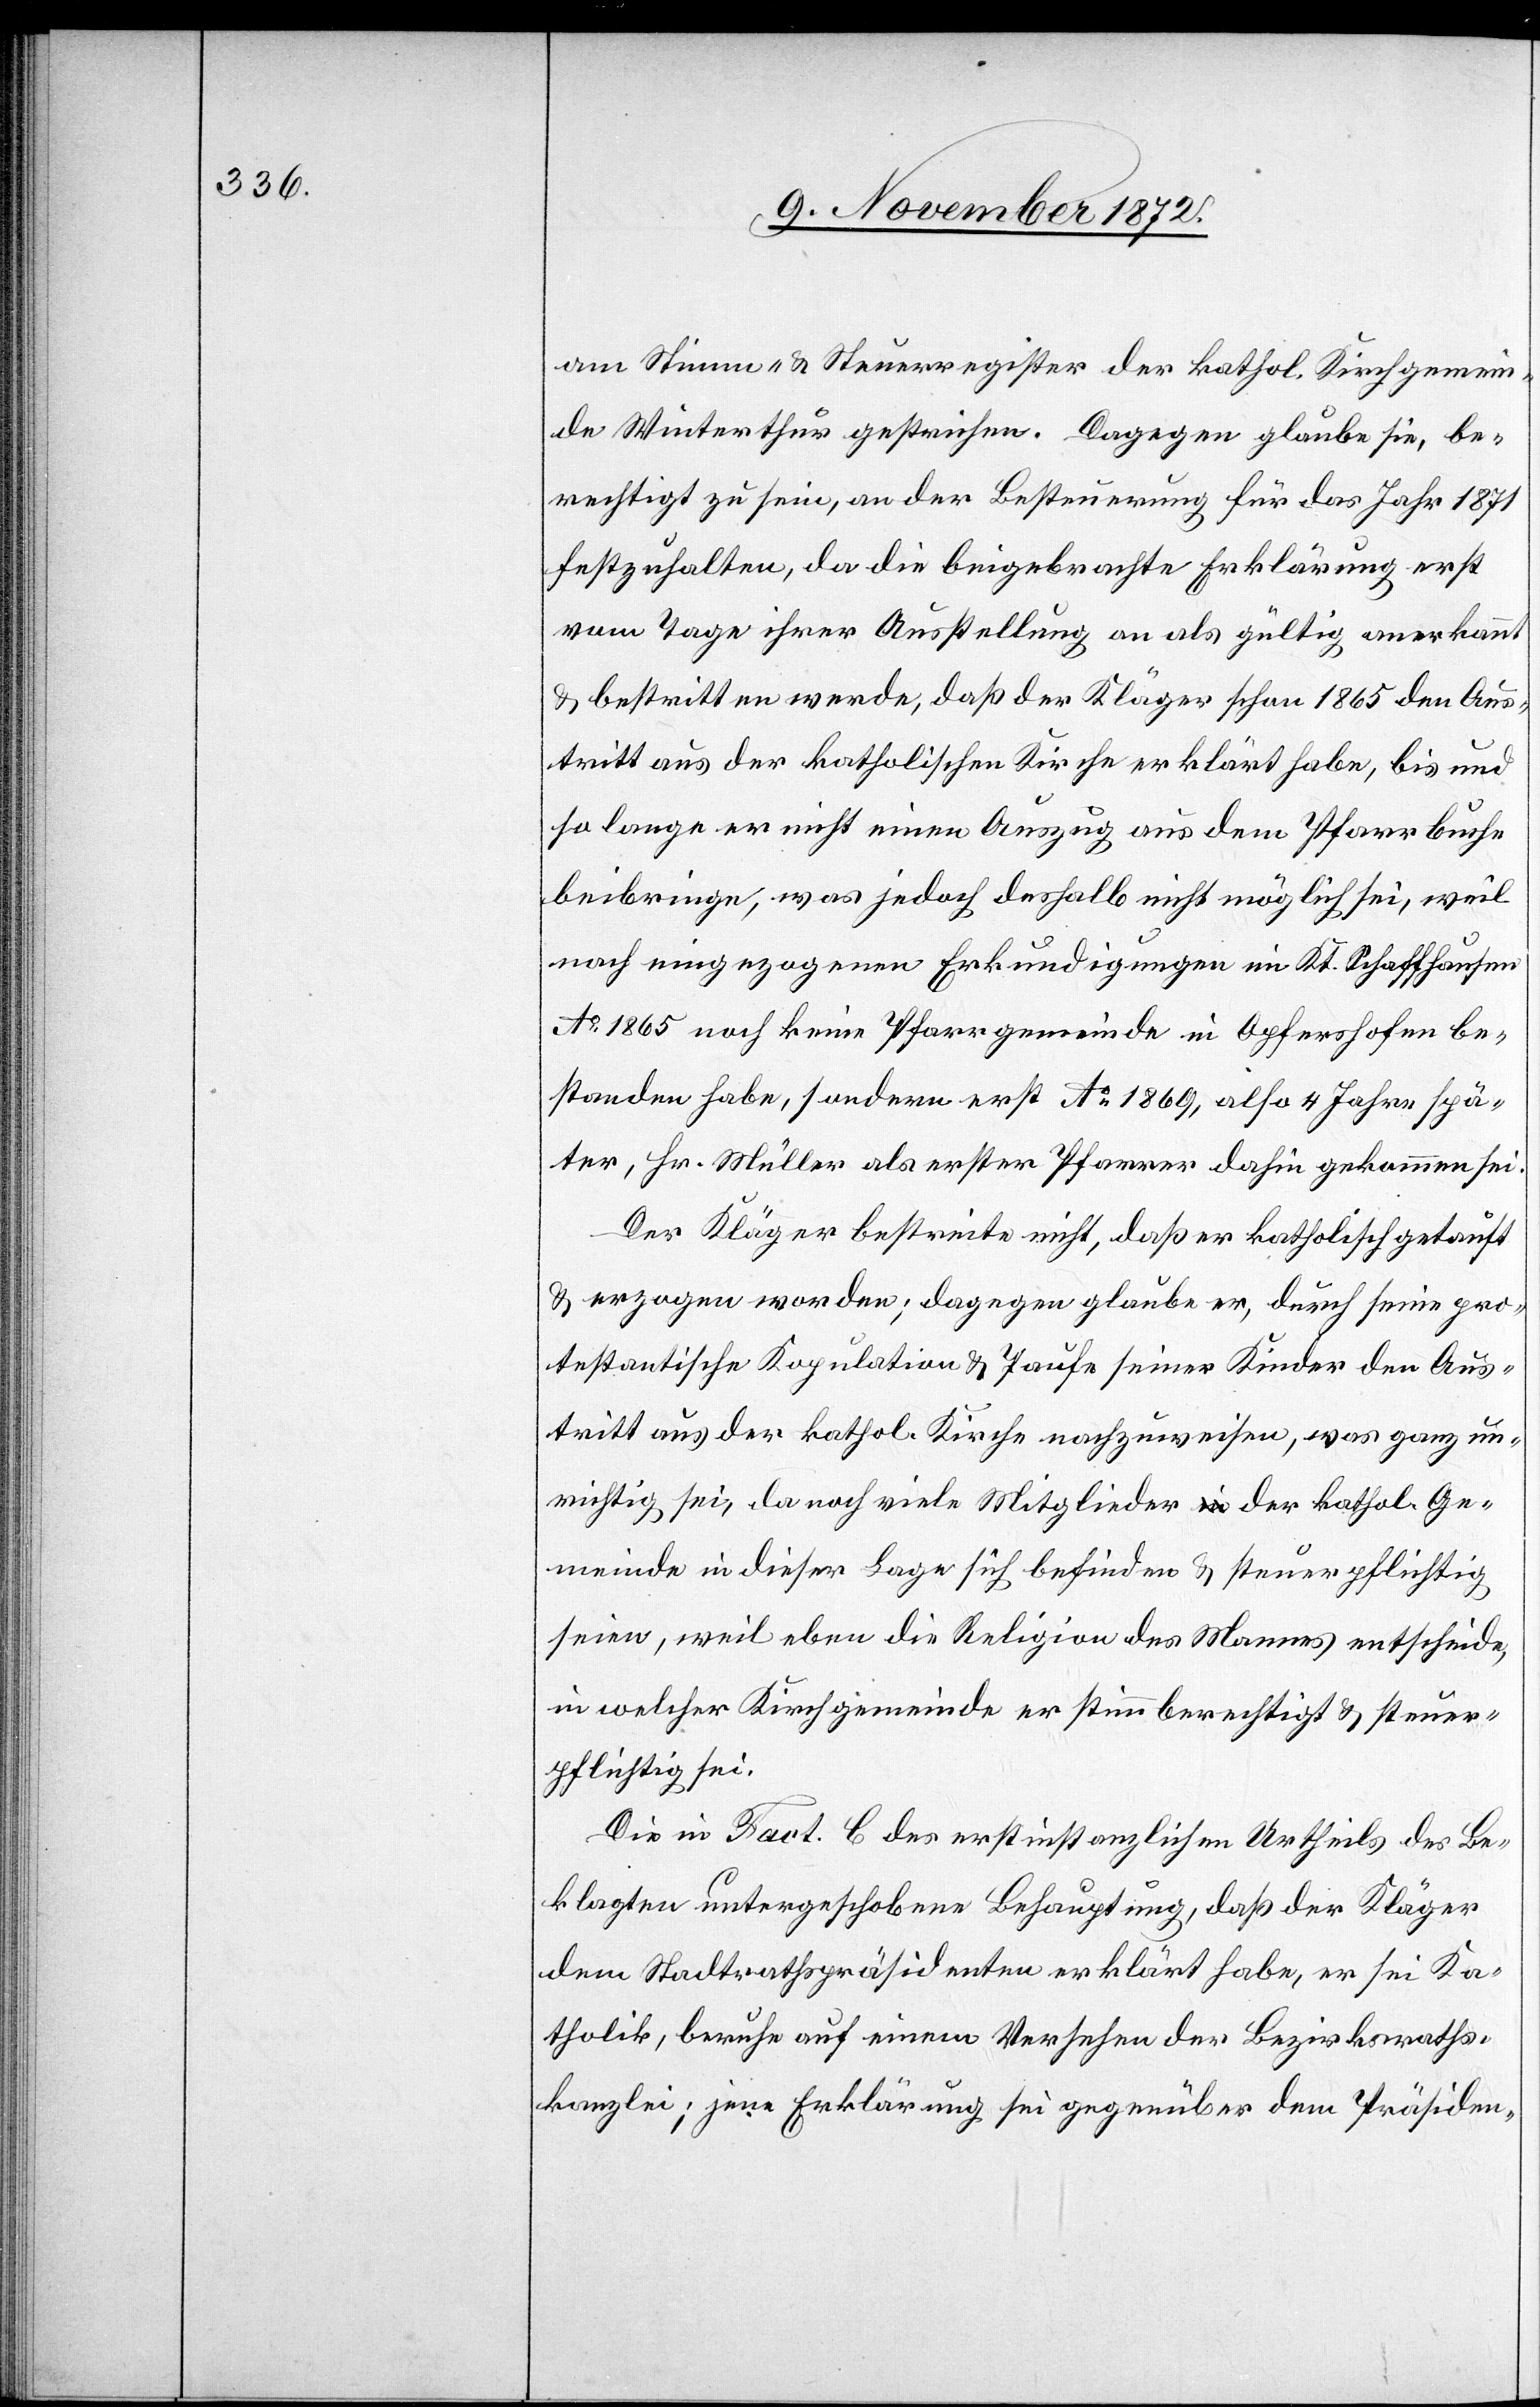
am Stimm- u. Steuerregister der kathol. Kirchgemein¬
de Winterthur gestrichen. Dagegen glaube sie, be¬
rechtigt zu sein, an der Besteuerung für das Jahr 1871
festzuhalten, da die beigebrachte Erklärung erst
vom Tage ihrer Ausstellung an als gültig anerkannt
u. bestritten werde, daß der Kläger schon 1865 den Aus¬
tritt aus der katholischen Kirche erklärt habe, bis und
so lange er nicht einen Auszug aus dem Pfarrbuche
beibringe, was jedoch deshalb nicht möglich sei, weil
nach eingezogenen Erkundigungen im Kt. Schaffhausen
Ao 1865 noch keine Pfarrgemeinde in Opfershofen be¬
standen habe, sondern erst Ao 1869, also 4 Jahre später,
[als] Hr. Müller als erster Pfarrer dahin gekommen sei.
Der Kläger bestreite nicht, daß er katholisch getauft
u. erzogen worden; dagegen glaube er, durch seine pro¬
testantische Kopulation u. Taufe seiner Kinder den Aus¬
tritt aus der kathol. Kirche nachzuweisen, was ganz un¬
richtig sei, da noch viele Mitglieder der kathol. Ge¬
meinde in dieser Lage sich befinden u. steuerpflichtig
seien, weil eben die Religion des Mannes entscheide,
in welcher Kirchgemeinde er stimmberechtigt u. steuer¬
pflichtig sei.
Die in Fact. C des erstinstanzlichen Urtheils des Be¬
klagten untergeschobene Behauptung, daß der Kläger
dem Stadtrathspräsidenten erklärt habe, er sei Ka¬
tholik, beruhe auf einem Versehen der Bezirksraths¬
kanzlei; jene Erklärung sei gegenüber dem Präsiden-